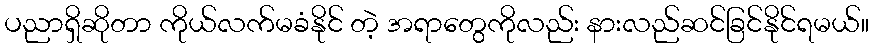
ပညာရှိဆိုတာ ကိုယ်လက်မခံနိုင် တဲ့ အရာတွေကိုလည်း နားလည်ဆင်ခြင်နိုင်ရမယ်။